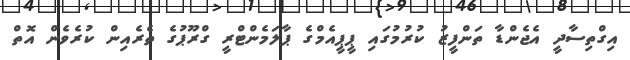
އިގްތިސާދީ އެޖެންޑާ ތަންފީޒު ކުރުމުގައި ޕީޕީއެމްގެ ޕާލަމެންޓްރީ ގްރޫޕުގެ ތެރެއިން ކުރެވެން އޮތް